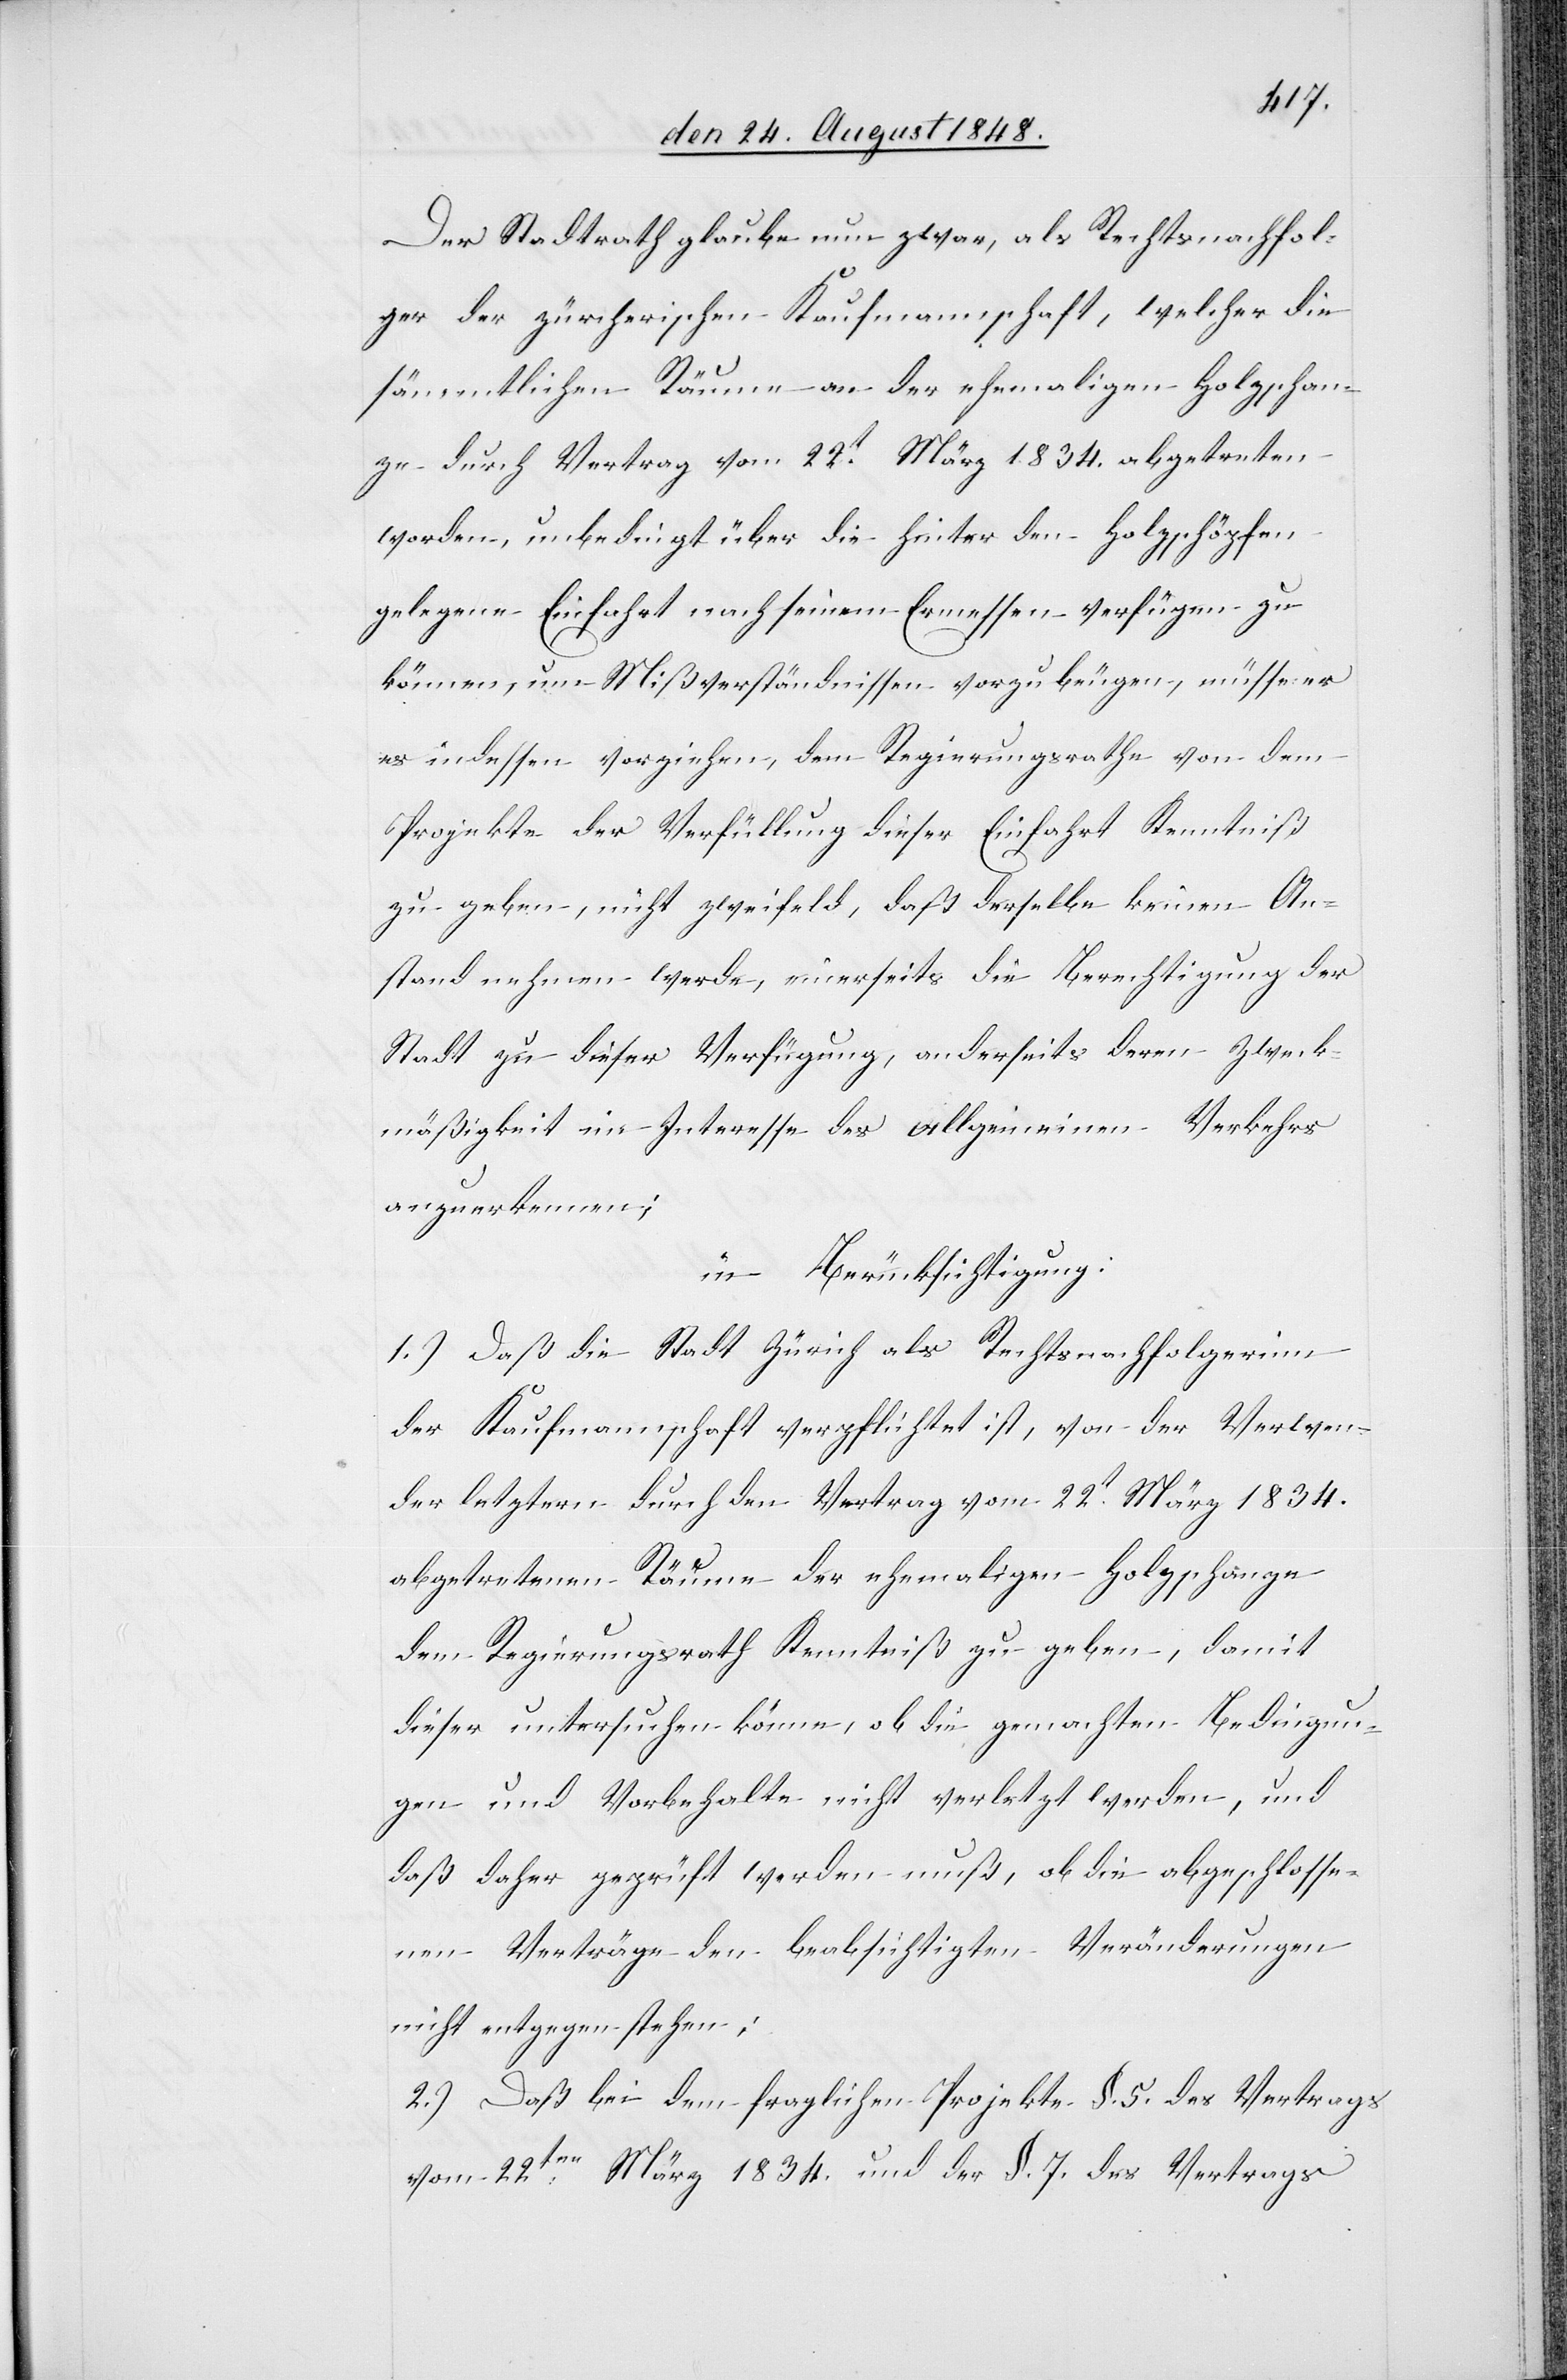
Der Stadtrath glaube nun zwar, als Rechtsnachfol¬
ger der zürcherischen Kaufmannschaft, welcher die
sämmtlichen Räume an der ehemaligen Holzschan¬
ze durch Vertrag vom 22t März 1834. abgetreten
worden, unbedingt über die hinter den Holzschöpfen
gelegene Einfahrt nach seinem Ermessen verfügen zu
können, um Mißverständnissen vorzubeugen, müsse er
es indessen vorziehen, dem Regierungsrathe von dem
Projekte der Verfüllung dieser Einfahrt Kenntniß
zu geben, nicht zweifel[n]d, daß derselbe keinen An¬
stand nehmen werde, einerseits die Berechtigung der
Stadt zu dieser Verfügung, anderseits deren Zweck¬
mäßigkeit im Interesse des allgemeinen Verkehrs
anzuerkennen;
in Berücksichtigung:
1.) Daß die Stadt Zürich als Rechtsnachfolgerinn
der Kaufmannschaft verpflichtet ist, von der Verwen¬
dung letztern durch den Vertrag vom 22t März 1834.
abgetretenen Räume der ehemaligen Holzschänze
dem Regierungsrath Kenntniß zu geben, damit
dieser untersuchen könne, ob die gemachten Bedingun¬
gen und Vorbehalte nicht verletzt werden, und
daß daher geprüft werden muß, ob die abgeschlosse¬
nen Verträge den beabsichtigten Veränderungen
nicht entgegen stehen;
2.) Daß bei dem fraglichen Projekte §. 5. des Vertrags
vom 22ten März 1834. und der §. 7. des Vertrags